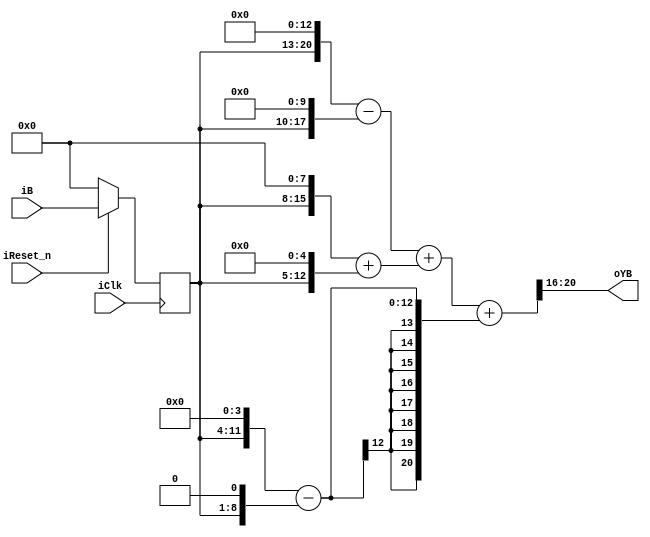
module b2Yb (
				input				iClk,
				input				iReset_n,
				input		[7:0]	iB,
				output		[4:0]	oYB
			);

//====================REGISTERS==================
reg		[7:0]		s1_iB;
//===============================================
//======================WIRES====================
wire	[20:0]		yb;
//	Pre-Calculate
//===============================================
wire	[20:0]		B_shl_13	=	{s1_iB,13'b0};
wire	[17:0]		B_shl_10	=	{s1_iB,10'b0};
wire	[15:0]		B_shl_8		=	{s1_iB,8'b0};
wire	[12:0]		B_shl_5		=	{s1_iB,5'b0};
wire	[11:0]		B_shl_4		=	{s1_iB,4'b0};
wire	[8:0]		B_shl_1		=	{s1_iB,1'b0};
//===============================================
//	COMBINATION
//===============================================
assign	yb  = ((B_shl_13 - B_shl_10) + (B_shl_8 + B_shl_5)) + (B_shl_4 - B_shl_1);
assign	oYB = yb[20:16];
//===============================================
//	SEQUENCE
//===============================================
always @ (posedge iClk)
	if (~iReset_n)
		s1_iB <= 8'h0;
	else
		s1_iB <= iB;

endmodule